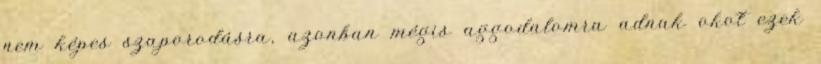
nem képes szaporodásra, azonban mégis aggodalomra adnak okot ezek